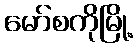
မော်စကိုမြို့